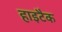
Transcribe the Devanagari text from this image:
हाइटैक